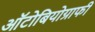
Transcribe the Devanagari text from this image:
ऑटोबियोग्राफी